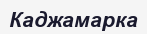
Каджамарка